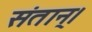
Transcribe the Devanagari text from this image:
संतान्।